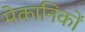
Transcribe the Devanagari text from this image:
मेकानिकों